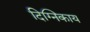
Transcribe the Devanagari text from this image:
दिग्निकाय